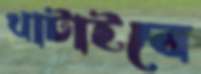
খাটাইবে